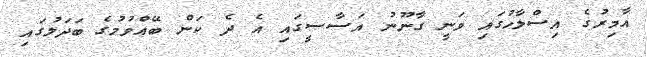
އާމިރުގެ އިސްލާހުގައި ވަނީ ގާނޫނު އަސާސީގައި އެ ދެ ކަން ބޭއްވުމުގެ ބަދަލުގައި